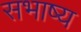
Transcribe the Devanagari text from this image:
सभाष्य